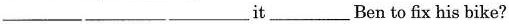
___ ___ ___ it ___ Ben to fix his bike?